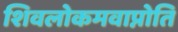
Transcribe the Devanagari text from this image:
शिवलोकमवाप्नोति